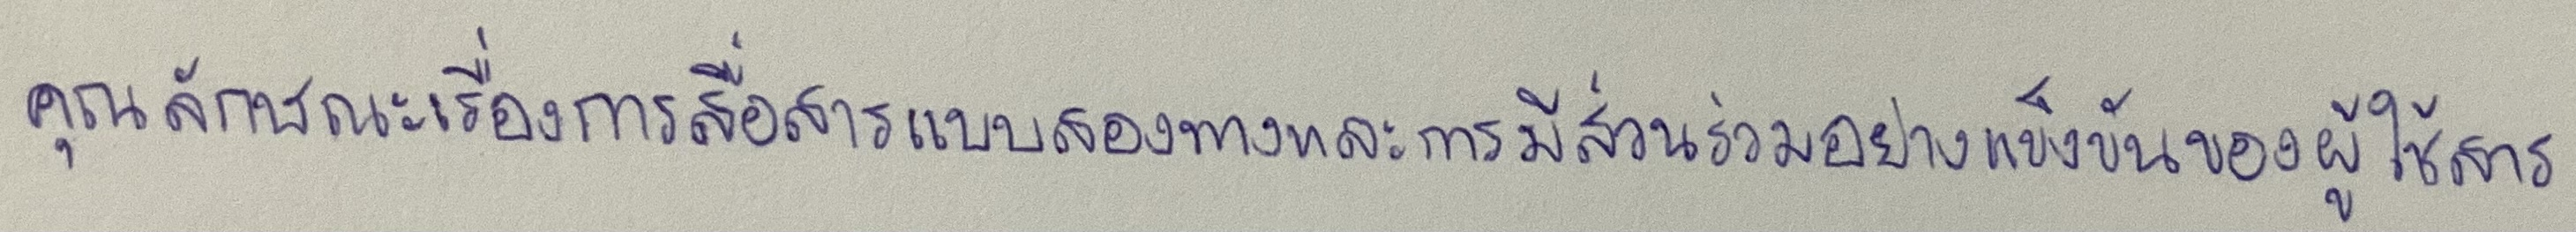
คุณลักษณะเรื่องการสื่อสารแบบสองทางและการมีส่วนร่วมอย่างแข็งขันของผู้ใช้สาร